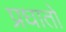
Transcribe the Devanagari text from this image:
प्रघातों